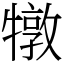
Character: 犜